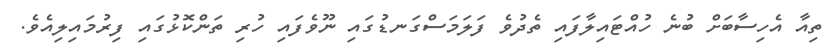
ތިއާ އެހިސާބަށް ބުނެ ހުއްޓައިލާފައި ތެދުވެ ފަލަމަސްގަނޑުގައި ނޫވެފައި ހުރި ތަންކޮޅުގައި ފިރުމައިލިއެވެ.